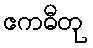
ဧကဓီတု